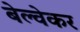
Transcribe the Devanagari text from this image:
बेल्वेकर